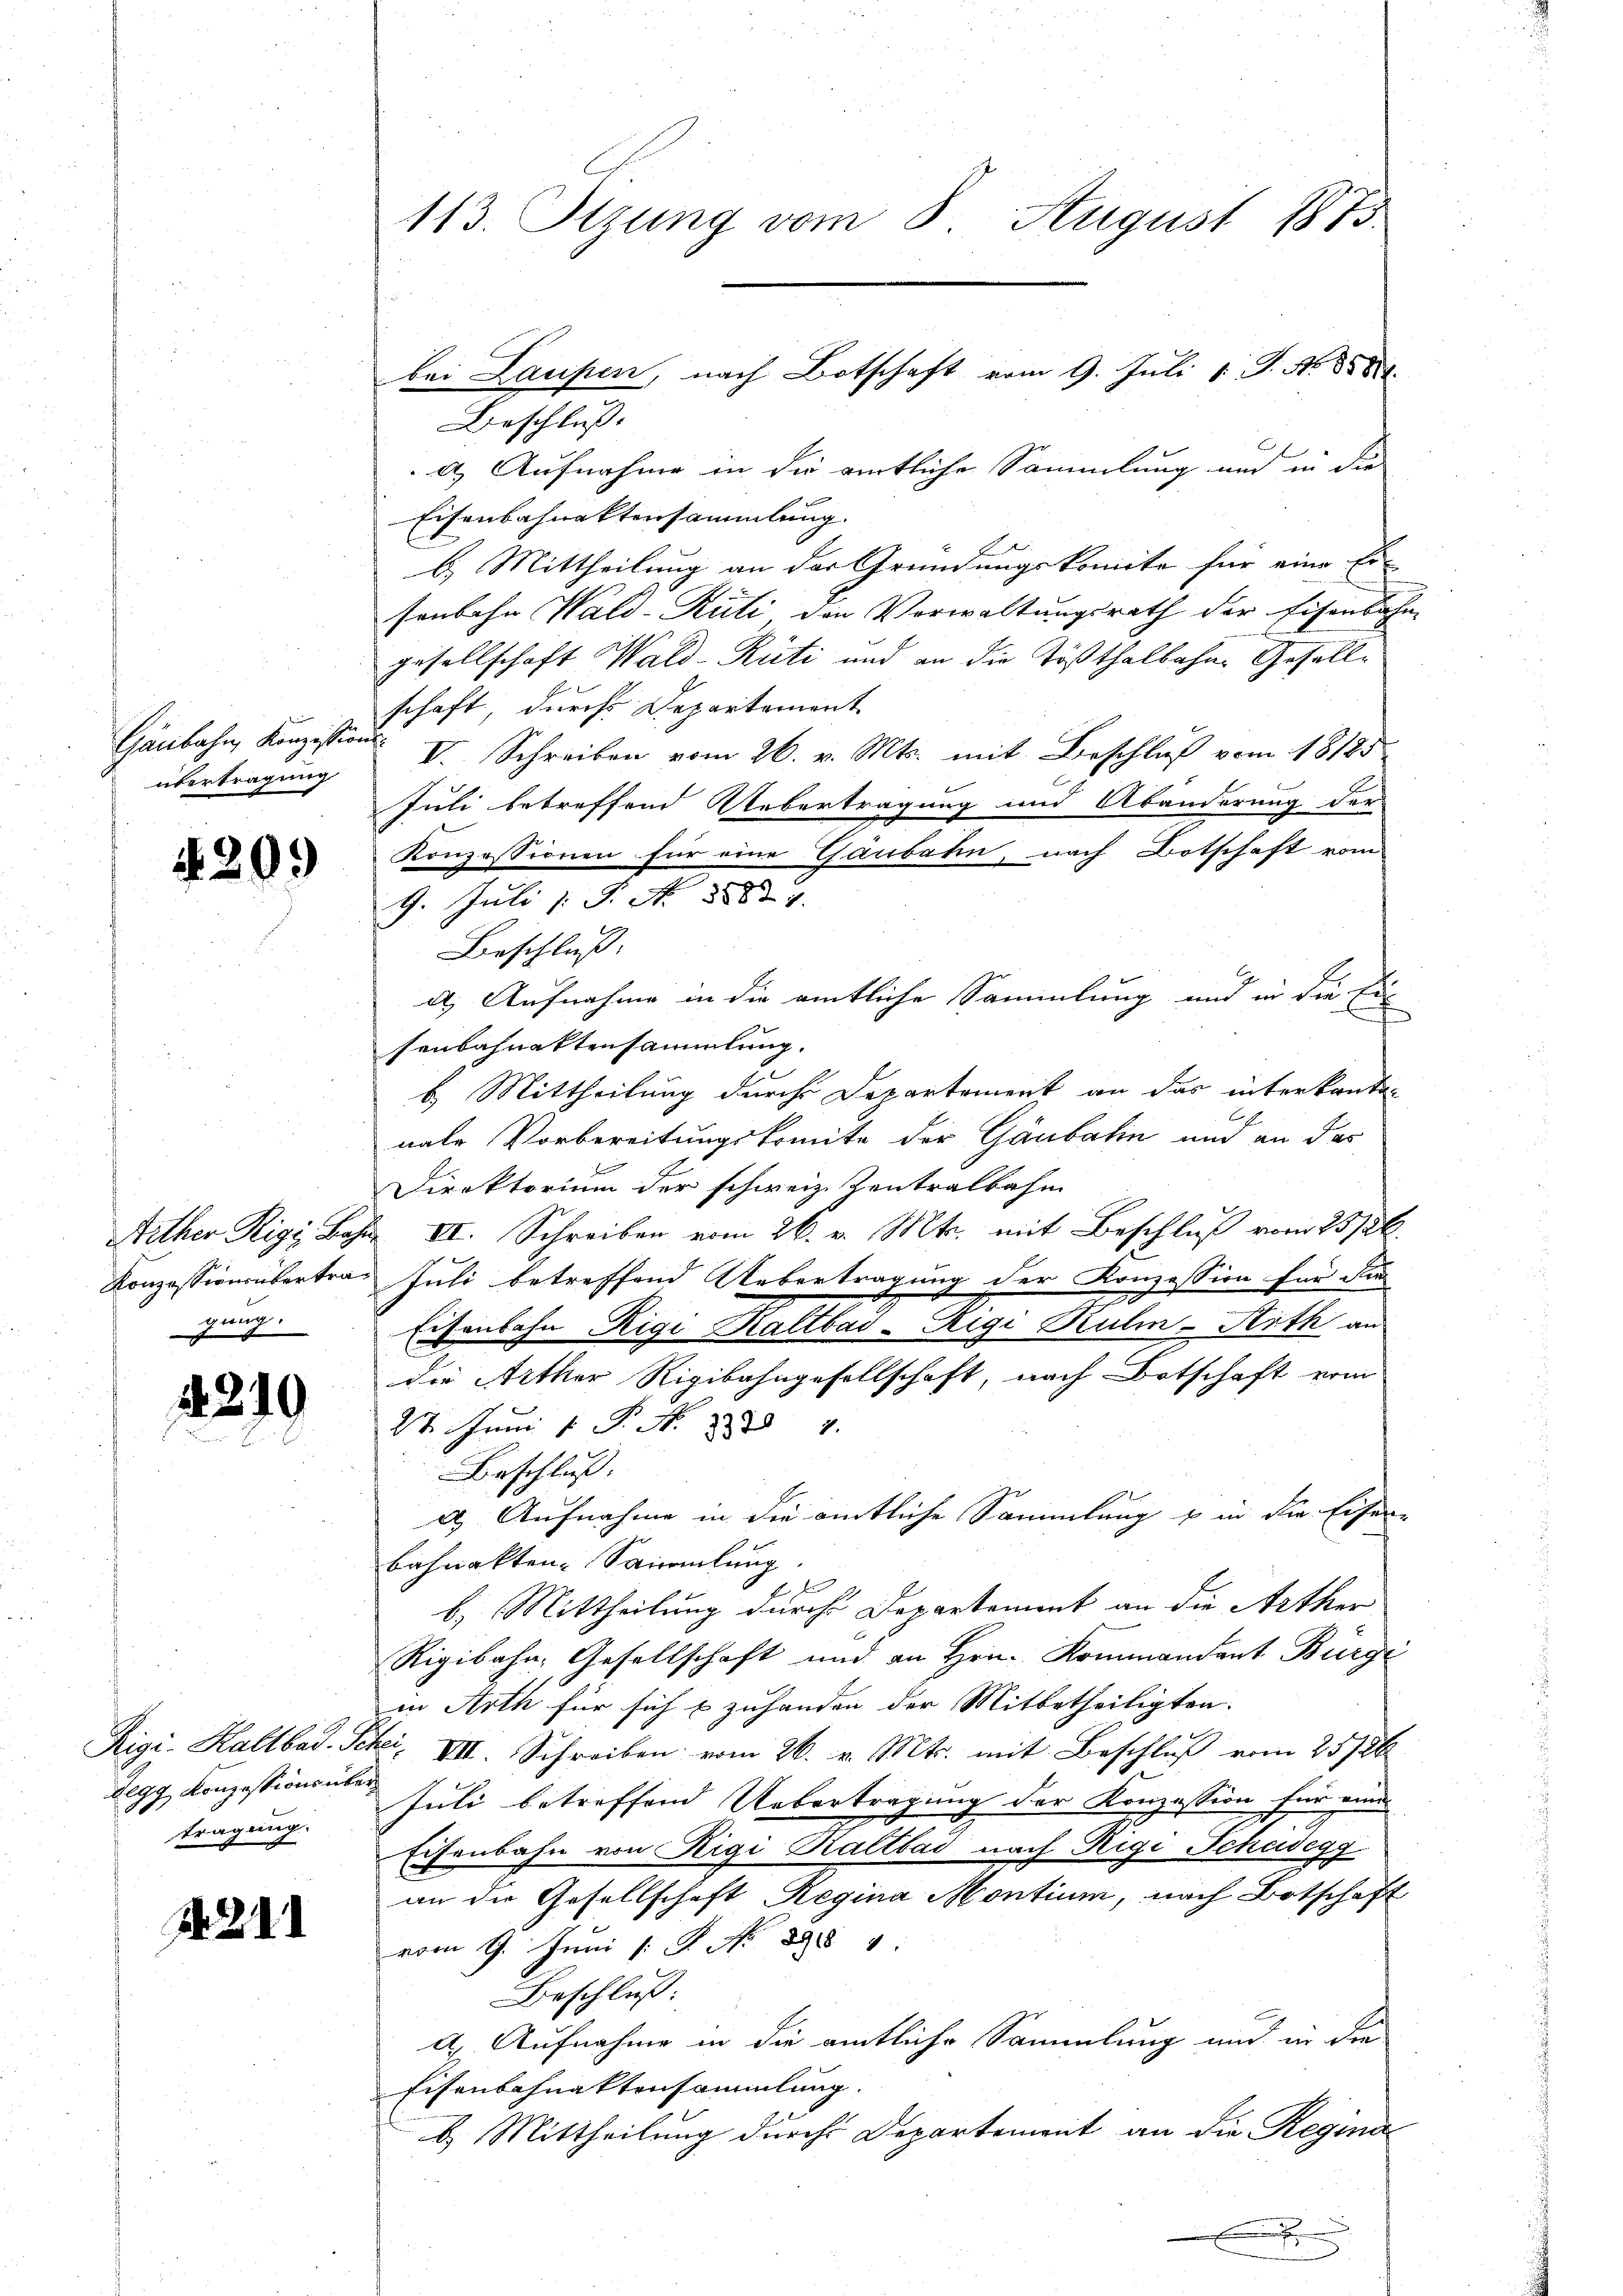
Gänbahn Konzission
übertragung

4209

Aether Rigi, Ba
Konzessionsübertragung.

4219

Rigi-Haltbad. d.
Regg, Konzessions übe
tragung.

1. 2.

113. Sizung vom 8. August 1873

bei Laupen, nach Botschaft vom 9. Juli v. J. N. 888.

Beschluß
a. Aufnahme in die amtliche Sammlung und in die
Eisenbahnaktensammlung.
b. Mittheilung an der Gründungskomite für eine Ein
senbahn Wald-Rüti die Vorwaltungsrath der Eisenbahn
gesellschaft Wald-Rüti und an die Tößthalbahne Gefällschaft, durch Departement
V. Schreiben vom 26. v. Mts. mit Beschluß vom 18125
Juli betreffend Uebertragung und Abänderung der
Konzessionen für eine Gaubaten, nach Botschaft vom
9. Juli [S. Nr. 8582. 4.
Beschluß:
d. Aufnahme in die amtliche Sammlung und in die Ei
senbahnaktensammlung.
b. Mittheilung durch Departement an das interkanten
nale Vorbereitungskomite der Gänbahn und an das
Direktorium der schweiz. Zentralbahn
 VII. Schreiben vom 26. v. Mts. mit Beschluß vom 25/26.
Juli betreffend Uebertragung der Konzession für die
2
2
Eisenbahn Rigi Kaltbas-Rigi Kulm-Rith an
die Arther Rigibahngesellschaft, nach Betschaft vom
27. Juni 1 P. Nr. 18784.
Beschluß.
d. Aufnahme in die amtliche Sammlung u in die Eisenbahnakten Sammlung.
E
b) Mittheilung durch Departement an die Arther
Rigibahn, Gesellschaft und an Hrn. Kommandant Burgi
in Arth für sich & zuhanden der Mitbetheiligten.
Fei. VIII. Schreiben vom 26. v. Mts. mit Beschluß vom 25786.
Juli betreffend Uebertragung der Konzession für rund
Eisenbahn von Rigi Kaltbad nach Rigi-Schusegg
an die Gesellschaft Regina Montium, nach Botschaft
vom 9. Juni /: P. No 898 1
Beschluß:
d. Aufnahme in die amtliche Sammlung und in die
Eisenbahnaktensammlung.
b. Mittheilung durch Departement an die Regina

.